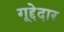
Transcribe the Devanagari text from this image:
गूद्देदार